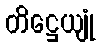
တိဋ္ဌေယျုံ